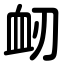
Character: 衂